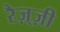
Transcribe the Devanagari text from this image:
रैज़्ज़ी